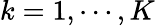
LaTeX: k=1,\cdots,K